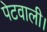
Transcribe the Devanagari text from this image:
पेटवाली।